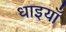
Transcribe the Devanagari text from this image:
धाइयाँ